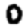
Digit: 0